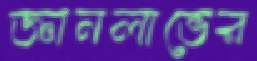
জ্ঞানলাভের